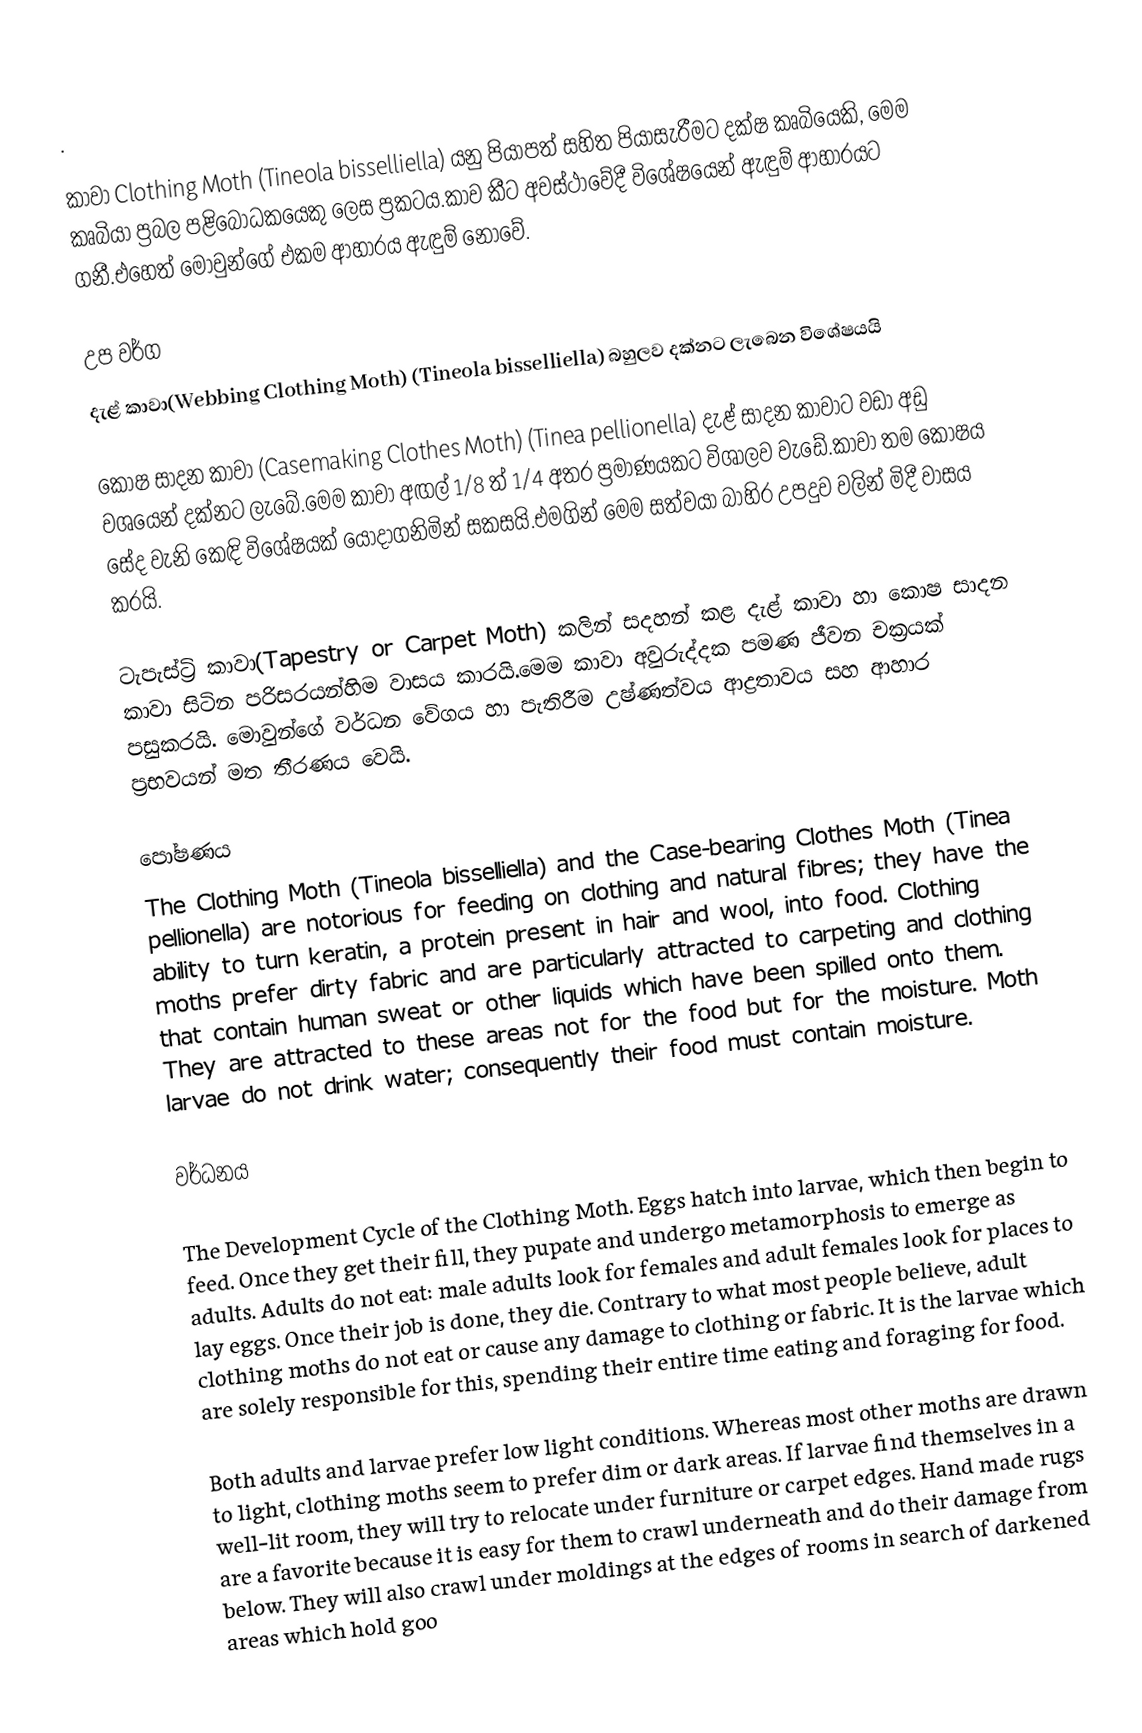
.

කාවා Clothing Moth (Tineola bisselliella) යනු පියාපත් සහිත පියාසැරීමට දක්ෂ කෘබියෙකි, මෙම කෘබියා ප්‍රබල පළිබොධකයෙකු ලෙස ප්‍රකටය.කාව කීට අවස්ථාවේදී විශේෂයෙන් ඇඳුම් ආහාරයට ගනී.එහෙත් මොවුන්ගේ එකම ආහාරය ඇඳුම් නොවේ.

උප වර්ග
දැළ් කාවා(Webbing Clothing Moth) (Tineola bisselliella) බහුලව දක්නට ලැබෙන විශේෂයයි

කොෂ සාදන කාවා (Casemaking Clothes Moth) (Tinea pellionella) දැළ් සාදන කාවාට වඩා අඩු වශයෙන් දක්නට ලැබේ.මෙම කාවා අඟල් 1/8 ත් 1/4 අතර ප්‍රමාණයකට විශාලව වැඩේ.කාවා තම කෝෂය සේද වැනි කෙඳි විශේෂයක් යොදාගනිමින් සකසයි.එමගින් මෙම සත්වයා බාහිර උපදුව වලින් මිදී වාසය කරයි.

ටැපැස්ට්‍රි කාවා(Tapestry or Carpet Moth) කලින් සදහන් කළ දැළ් කාවා හා කොෂ සාදන කාවා සිටින පරිසරයන්හිම වාසය කාරයි.මෙම කාවා අවුරුද්දක පමණ ජීවන චක්‍රයක් පසුකරයි. මොවුන්ගේ වර්ධන වේගය හා පැතිරීම උෂ්ණත්වය ආද්‍රතාවය සහ ආහාර ප්‍රභවයන් මත තීරණය වෙයි.

පෝෂණය
The Clothing Moth (Tineola bisselliella) and the Case-bearing Clothes Moth (Tinea pellionella) are notorious for feeding on clothing and natural fibres; they have the ability to turn keratin, a protein present in hair and wool, into food.  Clothing moths prefer dirty fabric and are particularly attracted to carpeting and clothing that contain human sweat or other liquids which have been spilled onto them.  They are attracted to these areas not for the food but for the moisture.  Moth larvae do not drink water; consequently their food must contain moisture.

වර්ධනය

The Development Cycle of the Clothing Moth.  Eggs hatch into larvae, which then begin to feed.  Once they get their fill, they pupate and undergo metamorphosis to emerge as adults.  Adults do not eat: male adults look for females and adult females look for places to lay eggs.  Once their job is done, they die.  Contrary to what most people believe, adult clothing moths do not eat or cause any damage to clothing or fabric.  It is the larvae which are solely responsible for this, spending their entire time eating and foraging for food.

Both adults and larvae prefer low light conditions.  Whereas most other moths are drawn to light, clothing moths seem to prefer dim or dark areas.  If larvae find themselves in a well-lit room, they will try to relocate under furniture or carpet edges. Hand made rugs are a favorite because it is easy for them to crawl underneath and do their damage from below.  They will also crawl under moldings at the edges of rooms in search of darkened areas which hold goo